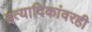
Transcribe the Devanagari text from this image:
इत्यादिकांवरही